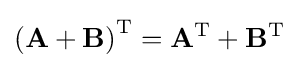
\left(\mathbf {A} +\mathbf {B} \right)^{\text{T}}=\mathbf {A} ^{\text{T}}+\mathbf {B} ^{\text{T}}